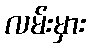
လမ်းမှား